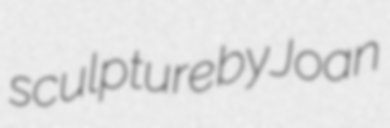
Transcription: sculpture by Joan